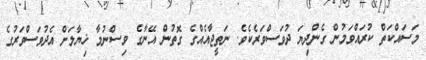
މަސައްކަތް ކުރައްވަމުން ގެންދިޔަ ދުވަސްވަރެކެވެ. ނަތީޖާއެއްގެ ގޮތުން އޭނާގެ ވިސްނުމާ ޚިޔާލަށް އެދުވަސްވަރުގެ